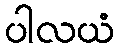
ပါလယံ